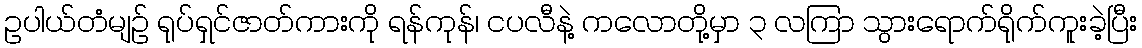
ဥပါယ်တံမျဉ် ရုပ်ရှင်ဇာတ်ကားကို ရန်ကုန်၊ ငပလီနဲ့ ကလောတို့မှာ ၃ လကြာ သွားရောက်ရိုက်ကူးခဲ့ပြီး